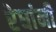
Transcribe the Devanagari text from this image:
रेघांनी